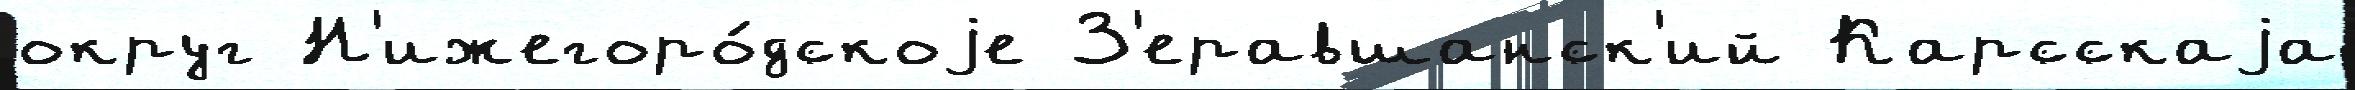
округ Н'ижегоро́дскоjе З'еравшанск'ий Карсскаjа